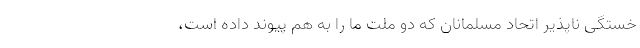
خستگی ناپذیر اتحاد مسلمانان که دو ملت ما را به هم پیوند داده است،